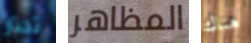
تختار المظاهر هناك